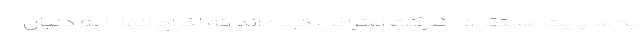
به مدیریت مستقر در شرکت اعتراض کرده اند که اخراج آنها را به دنبال